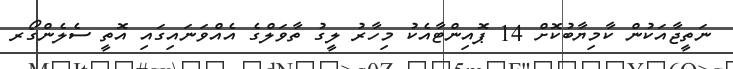
ނަތީޖާއަކުން ކާމިޔާބުކޮށް 14 ޕޮއިންޓާއެކު މިހާރު ލީގު ތާވަލްގެ އެއްވަނައިގައި އޮތީ ސެލެންގޯރ